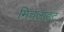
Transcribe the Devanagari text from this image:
मिचलाहट